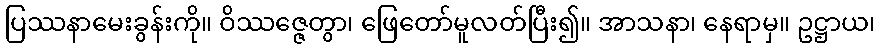
ပြဿနာမေးခွန်းကို။ ဝိဿဇ္ဇေတွာ၊ ဖြေတော်မူလတ်ပြီး၍။ အာသနာ၊ နေရာမှ။ ဥဋ္ဌာယ၊